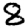
Digit: 8